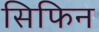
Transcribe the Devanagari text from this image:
सिफिन